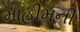
માહીમની